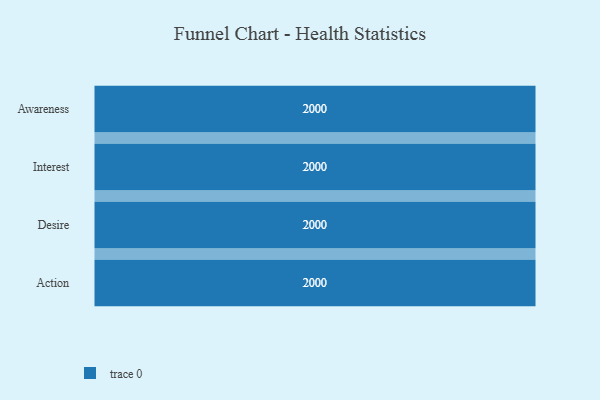
{"axis": {"x": "Stage", "y": "Value"}, "legend": [""], "data": [{"x": "Awareness", "y": 2000, "type": ""}, {"x": "Interest", "y": 2000, "type": ""}, {"x": "Desire", "y": 2000, "type": ""}, {"x": "Action", "y": 2000, "type": ""}]}